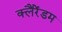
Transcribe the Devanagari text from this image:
क्लैंरेंडम